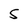
Character: S